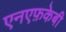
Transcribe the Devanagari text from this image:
एनएफ़केबी